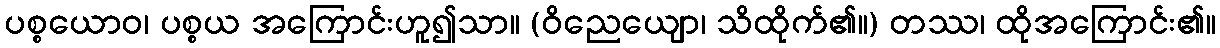
ပစ္စယောဝ၊ ပစ္စယ အကြောင်းဟူ၍သာ။ (ဝိညေယျော၊ သိထိုက်၏။) တဿ၊ ထိုအကြောင်း၏။